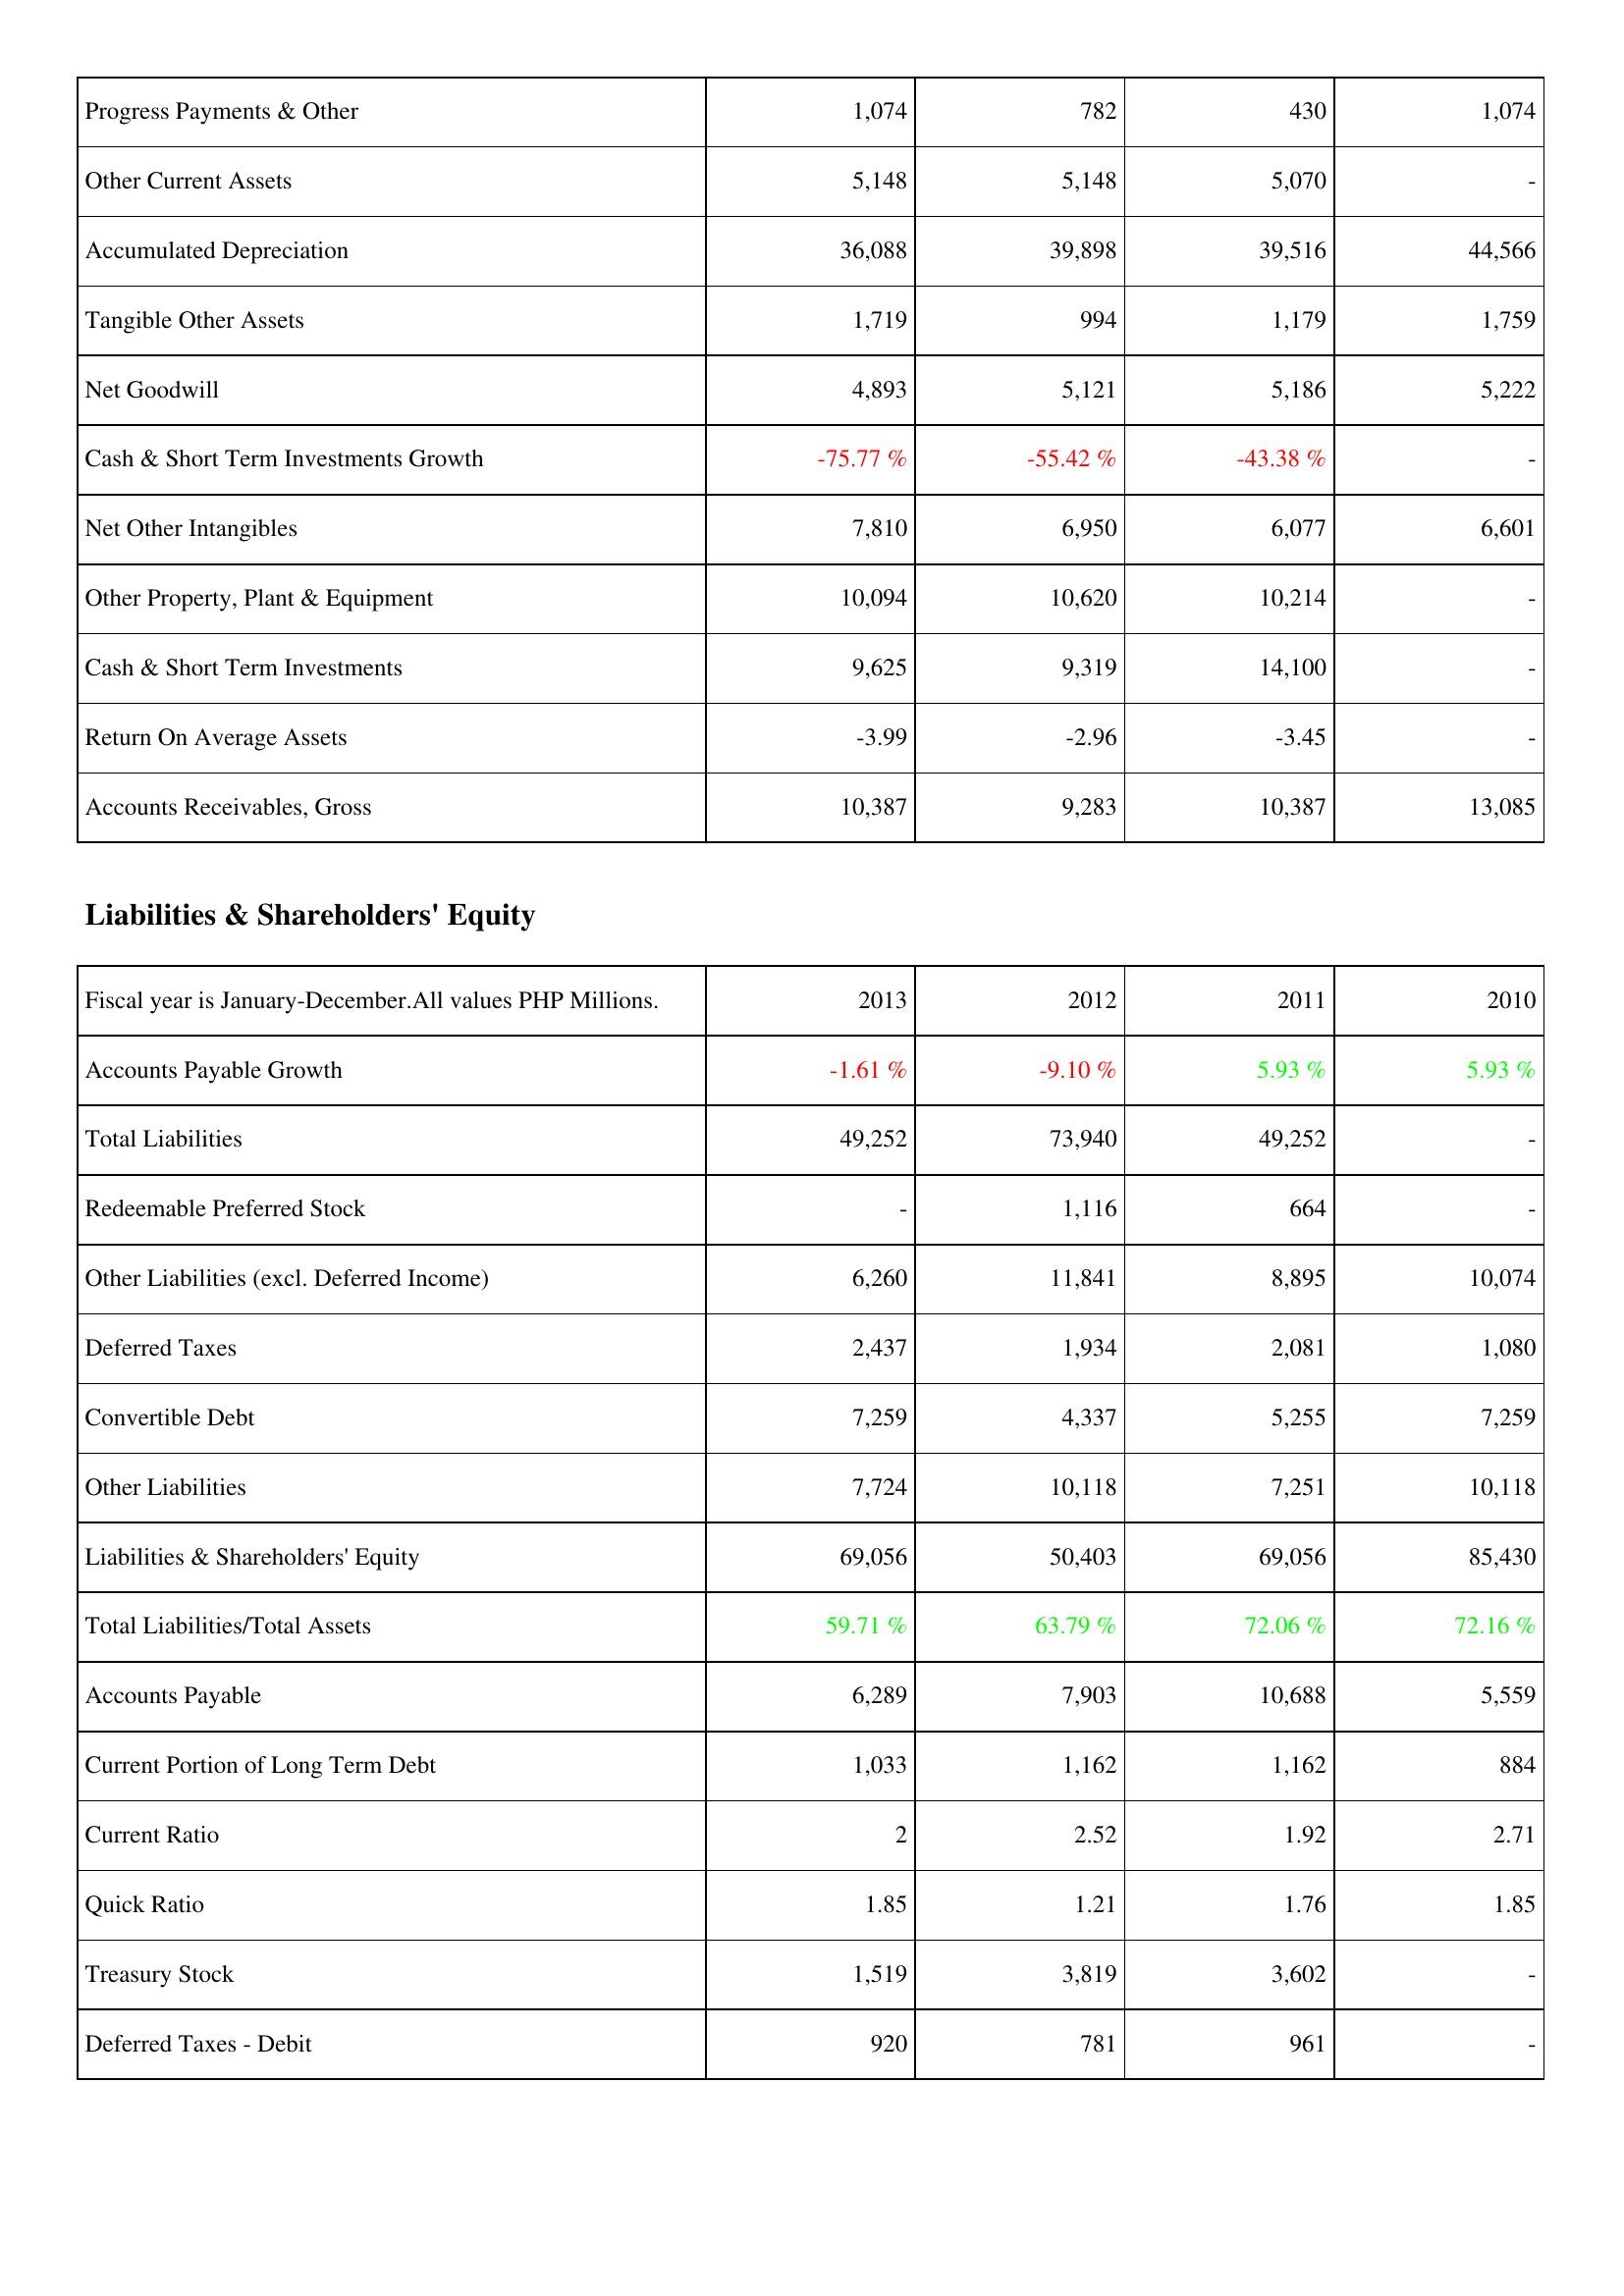
2013: Assets: Progress Payments & Other: 1,074
Other Current Assets: 5,148
Accumulated Depreciation: 36,088
Tangible Other Assets: 1,719
Net Goodwill: 4,893
Cash & Short Term Investments Growth: -75.77 %
Net Other Intangibles: 7,810
Other Property, Plant & Equipment: 10,094
Cash & Short Term Investments: 9,625
Return On Average Assets: -3.99
Accounts Receivables, Gross: 10,387
Liabilities & Shareholders' Equity: Accounts Payable Growth: -1.61 %
Total Liabilities: 49,252
Redeemable Preferred Stock: -
Other Liabilities (excl. Deferred Income): 6,260
Deferred Taxes: 2,437
Convertible Debt: 7,259
Other Liabilities: 7,724
Liabilities & Shareholders' Equity: 69,056
Total Liabilities/Total Assets: 59.71 %
Accounts Payable: 6,289
Current Portion of Long Term Debt: 1,033
Current Ratio: 2
Quick Ratio: 1.85
Treasury Stock: 1,519
Deferred Taxes - Debit: 920
2012: Assets: Progress Payments & Other: 782
Other Current Assets: 5,148
Accumulated Depreciation: 39,898
Tangible Other Assets: 994
Net Goodwill: 5,121
Cash & Short Term Investments Growth: -55.42 %
Net Other Intangibles: 6,950
Other Property, Plant & Equipment: 10,620
Cash & Short Term Investments: 9,319
Return On Average Assets: -2.96
Accounts Receivables, Gross: 9,283
Liabilities & Shareholders' Equity: Accounts Payable Growth: -9.10 %
Total Liabilities: 73,940
Redeemable Preferred Stock: 1,116
Other Liabilities (excl. Deferred Income): 11,841
Deferred Taxes: 1,934
Convertible Debt: 4,337
Other Liabilities: 10,118
Liabilities & Shareholders' Equity: 50,403
Total Liabilities/Total Assets: 63.79 %
Accounts Payable: 7,903
Current Portion of Long Term Debt: 1,162
Current Ratio: 2.52
Quick Ratio: 1.21
Treasury Stock: 3,819
Deferred Taxes - Debit: 781
2011: Assets: Progress Payments & Other: 430
Other Current Assets: 5,070
Accumulated Depreciation: 39,516
Tangible Other Assets: 1,179
Net Goodwill: 5,186
Cash & Short Term Investments Growth: -43.38 %
Net Other Intangibles: 6,077
Other Property, Plant & Equipment: 10,214
Cash & Short Term Investments: 14,100
Return On Average Assets: -3.45
Accounts Receivables, Gross: 10,387
Liabilities & Shareholders' Equity: Accounts Payable Growth: 5.93 %
Total Liabilities: 49,252
Redeemable Preferred Stock: 664
Other Liabilities (excl. Deferred Income): 8,895
Deferred Taxes: 2,081
Convertible Debt: 5,255
Other Liabilities: 7,251
Liabilities & Shareholders' Equity: 69,056
Total Liabilities/Total Assets: 72.06 %
Accounts Payable: 10,688
Current Portion of Long Term Debt: 1,162
Current Ratio: 1.92
Quick Ratio: 1.76
Treasury Stock: 3,602
Deferred Taxes - Debit: 961
2010: Assets: Progress Payments & Other: 1,074
Other Current Assets: -
Accumulated Depreciation: 44,566
Tangible Other Assets: 1,759
Net Goodwill: 5,222
Cash & Short Term Investments Growth: -
Net Other Intangibles: 6,601
Other Property, Plant & Equipment: -
Cash & Short Term Investments: -
Return On Average Assets: -
Accounts Receivables, Gross: 13,085
Liabilities & Shareholders' Equity: Accounts Payable Growth: 5.93 %
Total Liabilities: -
Redeemable Preferred Stock: -
Other Liabilities (excl. Deferred Income): 10,074
Deferred Taxes: 1,080
Convertible Debt: 7,259
Other Liabilities: 10,118
Liabilities & Shareholders' Equity: 85,430
Total Liabilities/Total Assets: 72.16 %
Accounts Payable: 5,559
Current Portion of Long Term Debt: 884
Current Ratio: 2.71
Quick Ratio: 1.85
Treasury Stock: -
Deferred Taxes - Debit: -